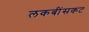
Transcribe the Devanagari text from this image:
लकबींसकट